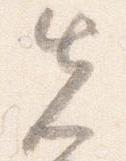
先